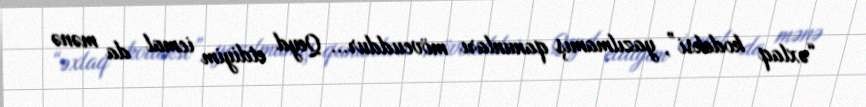
“əxlaq kodeksi”, yazılmamış qanunları mövcuddur... Qeyd etdiyim icmal da mənə